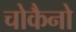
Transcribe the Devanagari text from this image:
चोकैनो